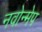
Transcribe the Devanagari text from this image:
नवोन्मेप